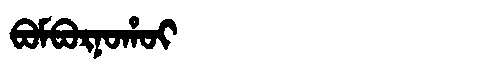
Manchu: ᠪᠣᠮᠪᠣᡵᠨᠣᡥᠣᡳ
Romanization: BOMBORNOHOI